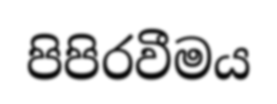
පිපිරවීමය